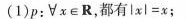
(1)p :∀x\in R，都有$$l x l = x$$；